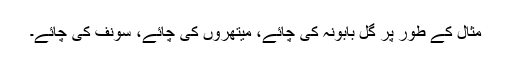
مثال کے طور پر گل بابونہ کی چائے، میتھروں کی چائے، سونف کی چائے۔